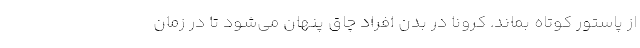
از پاستور کوتاه بماند. کرونا در بدن افراد چاق پنهان می‌شود تا در زمان